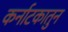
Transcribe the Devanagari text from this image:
कर्नाटकातुन